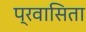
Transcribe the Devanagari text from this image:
प्रवासिता